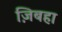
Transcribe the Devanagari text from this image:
ज़िबहा